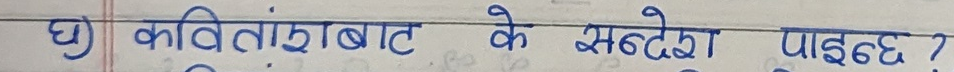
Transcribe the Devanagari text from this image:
घ) कवितांबाट के सन्देश पाइछ?